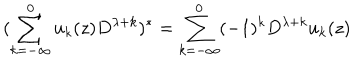
( \sum _ { k = - \infty } ^ { 0 } u _ { k } ( z ) D ^ { \lambda + k } ) ^ { * } = \sum _ { k = - \infty } ^ { 0 } ( - 1 ) ^ { k } D ^ { \lambda + k } u _ { k } ( z )